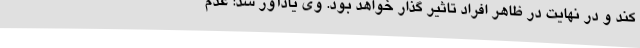
کند و در نهایت در ظاهر افراد تاثیر گذار خواهد بود. وی یادآور شد: عدم